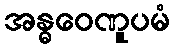
အန္ဓဝေဏူပမံ